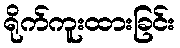
ရိုက်ကူးထားခြင်း